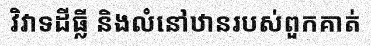
វិវាទដីធ្លី និងលំនៅឋានរបស់ពួកគាត់